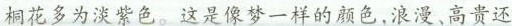
桐花多为淡紫色。这是像梦一样的颜色,浪漫、高贵还